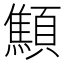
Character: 顦